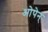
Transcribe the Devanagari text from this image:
ओपेन्